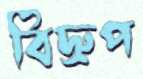
বিদ্রুপ